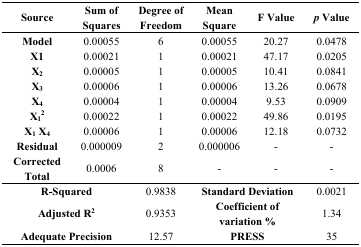
<table><thead><tr><td><b>Source</b></td><td><b>Sum ofSquares</b></td><td><b>Degree ofFreedom</b></td><td><b>MeanSquare</b></td><td><b>F Value</b></td><td><b><i>p</i> Value</b></td></tr></thead><tbody><tr><td><b>Model</b></td><td>0.00055</td><td>6</td><td>0.00055</td><td>20.27</td><td>0.0478</td></tr><tr><td><b>X1</b></td><td>0.00021</td><td>1</td><td>0.00021</td><td>47.17</td><td>0.0205</td></tr><tr><td><b>X<sub>2</sub></b></td><td>0.00005</td><td>1</td><td>0.00005</td><td>10.41</td><td>0.0841</td></tr><tr><td><b>X<sub>3</sub></b></td><td>0.00006</td><td>1</td><td>0.00006</td><td>13.26</td><td>0.0678</td></tr><tr><td><b>X<sub>4</sub></b></td><td>0.00004</td><td>1</td><td>0.00004</td><td>9.53</td><td>0.0909</td></tr><tr><td><b>X<sub>1</sub><sup>2</sup></b></td><td>0.00022</td><td>1</td><td>0.00022</td><td>49.86</td><td>0.0195</td></tr><tr><td><b>X<sub>1</sub> X<sub>4</sub></b></td><td>0.00006</td><td>1</td><td>0.00006</td><td>12.18</td><td>0.0732</td></tr><tr><td><b>Residual</b></td><td>0.000009</td><td>2</td><td>0.000006</td><td>-</td><td>-</td></tr><tr><td><b>Corrected Total</b></td><td>0.0006</td><td>8</td><td>-</td><td>-</td><td>-</td></tr><tr><td colspan="2"><b>R-Squared</b></td><td>0.9838</td><td colspan="2"><b>Standard Deviation</b></td><td>0.0021</td></tr><tr><td colspan="2"><b>Adjusted R<sup>2</sup></b></td><td>0.9353</td><td colspan="2"><b>Coefficient of</b><b>variation %</b></td><td>1.34</td></tr><tr><td colspan="2"><b>Adequate Precision</b></td><td>12.57</td><td colspan="2"><b>PRESS</b></td><td>35</td></tr></tbody></table>